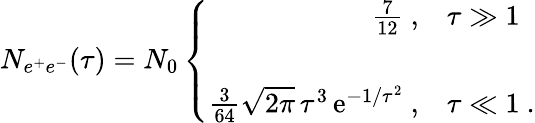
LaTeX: N_{e^{+}e^{-}}(\tau)=N_{0}\left\{ \begin{array}{rl}{{\frac{7}{12}\ ,}}&{{\tau\gg 1}}\\ {{}}&{{}}\\ {{\frac{3}{64}\sqrt{2\pi}\, \tau^{3}\, \mathrm{e}^{-1/\tau^{2}}\ ,}}&{{\tau\ll 1\ .}}\end{array}\right.